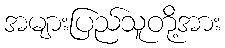
အများပြည်သူတို့အား